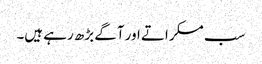
سب مسکراتے اور آگے بڑھ رہے ہیں۔